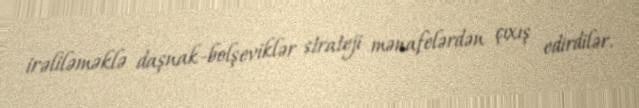
irəliləməklə daşnak-bolşeviklər strateji mənafelərdən çıxış edirdilər.